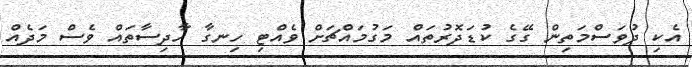
އެކި ދުވަސްމަތިން ގޭގެ ކުޑަދޮރުތައް މަގުމައްޗަށް ވެއްޓި ހިނގާ ހާދިސާތައް ވެސް މަދެއް